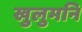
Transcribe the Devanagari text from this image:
खुलुमनि